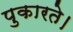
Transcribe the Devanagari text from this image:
पुकारते।